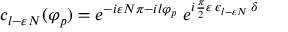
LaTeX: c _ { l - \varepsilon N } ( \varphi _ { p } ) = e ^ { - i \varepsilon N \pi - i l \varphi _ { p } } \; e ^ { i { \frac { \pi } { 2 } } \varepsilon \, \epsilon _ { l - \varepsilon N } \, \delta }